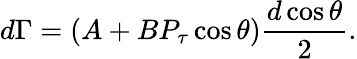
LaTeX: d\Gamma=(A+BP_{\tau}\cos\theta)\frac{d\cos\theta}{2}.